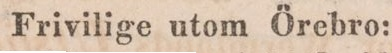
Frivilige utom Örebro: